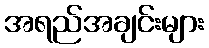
အရည်အချင်းများ